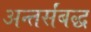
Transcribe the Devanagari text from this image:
अन्तर्संबद्ध